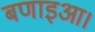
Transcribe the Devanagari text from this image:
बणाइआ।